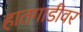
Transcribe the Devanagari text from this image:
हातगाडीवर